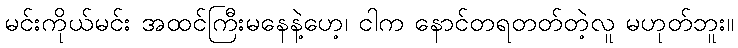
မင်းကိုယ်မင်း အထင်ကြီးမနေနဲ့ဟေ့၊ ငါက နောင်တရတတ်တဲ့လူ မဟုတ်ဘူး။